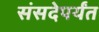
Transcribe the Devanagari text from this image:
संसदेपर्यंत